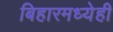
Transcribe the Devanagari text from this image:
बिहारमध्येही